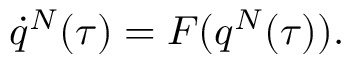
\dot { q } ^ { N } ( \tau ) = F ( q ^ { N } ( \tau ) ) .